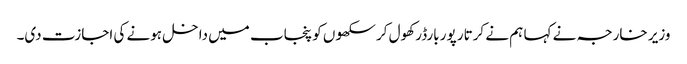
وزیر خارجہ نے کہا ہم نے کرتار پور بارڈر کھول کر سکھوں کو پنجاب میں داخل ہونے کی اجازت دی۔